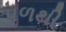
પળથી